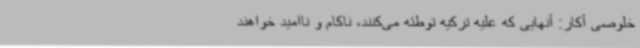
خلوصی آکار:‌ آنهایی که علیه ترکیه توطئه می‌کنند، ناکام و ناامید خواهند